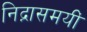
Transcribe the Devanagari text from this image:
निद्नासमयीं